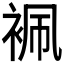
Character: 𧙱